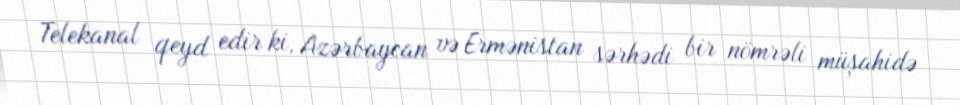
Telekanal qeyd edir ki, Azərbaycan və Ermənistan sərhədi bir nömrəli müşahidə